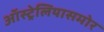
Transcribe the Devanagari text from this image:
ऑस्ट्रेलियासमोर